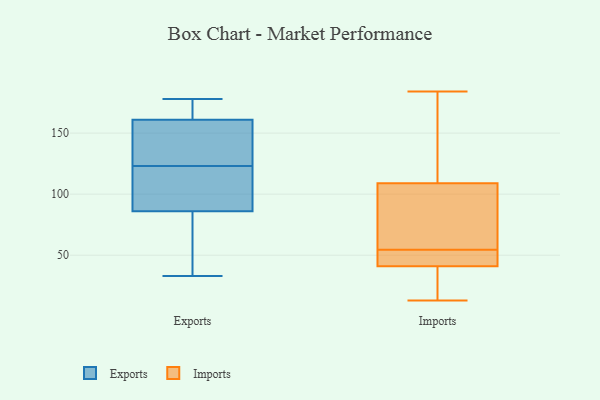
{"axis": {"x": "Active Users", "y": "Value"}, "legend": ["Exports", "Imports"], "data": [{"x": "", "y": 176, "type": "Exports"}, {"x": "", "y": 86, "type": "Exports"}, {"x": "", "y": 60, "type": "Exports"}, {"x": "", "y": 99, "type": "Exports"}, {"x": "", "y": 178, "type": "Exports"}, {"x": "", "y": 128, "type": "Exports"}, {"x": "", "y": 161, "type": "Exports"}, {"x": "", "y": 138, "type": "Exports"}, {"x": "", "y": 33, "type": "Exports"}, {"x": "", "y": 118, "type": "Exports"}, {"x": "", "y": 24, "type": "Imports"}, {"x": "", "y": 56, "type": "Imports"}, {"x": "", "y": 109, "type": "Imports"}, {"x": "", "y": 13, "type": "Imports"}, {"x": "", "y": 41, "type": "Imports"}, {"x": "", "y": 37, "type": "Imports"}, {"x": "", "y": 49, "type": "Imports"}, {"x": "", "y": 45, "type": "Imports"}, {"x": "", "y": 180, "type": "Imports"}, {"x": "", "y": 99, "type": "Imports"}, {"x": "", "y": 184, "type": "Imports"}, {"x": "", "y": 53, "type": "Imports"}, {"x": "", "y": 131, "type": "Imports"}, {"x": "", "y": 92, "type": "Imports"}]}